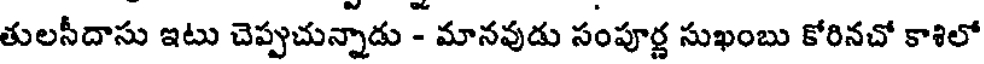
తులసీదాసు ఇటు చెప్పుచున్నాడు - మానవుడు సంపూర్ణ సుఖంబు కోరినచో కాశిలో